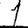
Digit: 1